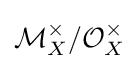
{\mathcal {M}}_{X}^{\times }/{\mathcal {O}}_{X}^{\times }